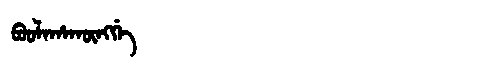
Manchu: ᠪᠣᠣᠯᠠᡥᠠᡴᡡᠩᡤᡝ
Romanization: BOOLAHAKŪNGGE